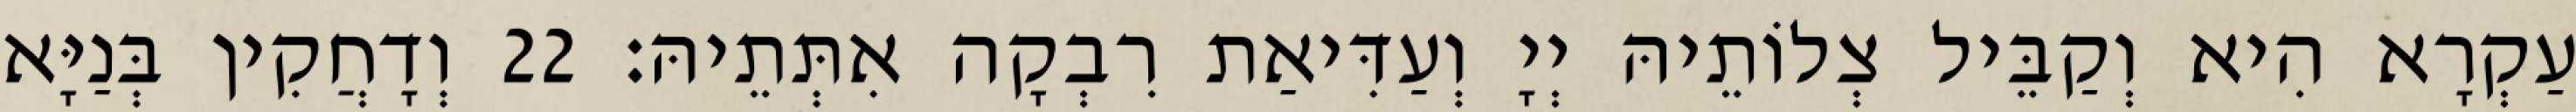
עַקְרָא הִיא וְקַבֵּיל צְלוֹתֵיהּ יְיָ וְעַדִּיאַת רִבְקָה אִתְּתֵיהּ׃ 22 וְדָחֲקִין בְּנַיָּא